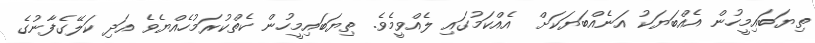
ތިޔަބައިމީހުން އެއްބަޔަކު އަނެއްބަޔަކަށް  އެއްކަމުގައި ލެއްވީމެވެ. ތިޔަބައިމީހުން ކެތްކުރަމުހެއްޔެވެ އަދި ކަލޭގެފާނުގެ